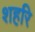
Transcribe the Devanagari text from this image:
शहरि